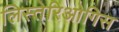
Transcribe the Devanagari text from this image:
लिस्तेरिओगिस